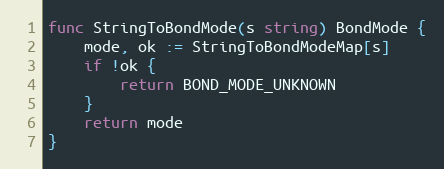
Language: Go
func StringToBondMode(s string) BondMode {
	mode, ok := StringToBondModeMap[s]
	if !ok {
		return BOND_MODE_UNKNOWN
	}
	return mode
}